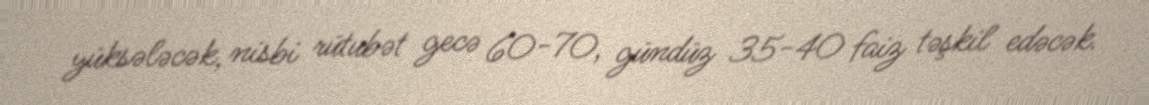
yüksələcək, nisbi rütubət gecə 60-70, gündüz 35-40 faiz təşkil edəcək.